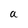
Character: a